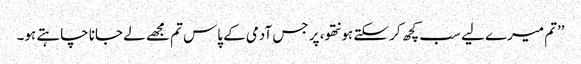
’’تم میرے لیے سب کچھ کر سکتے ہو نتھو، پر جس آدمی کے پاس تم مجھے لے جانا چاہتے ہو۔